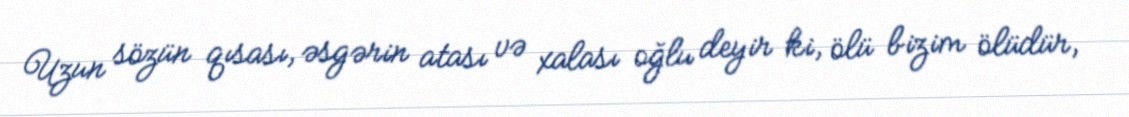
Uzun sözün qısası, əsgərin atası və xalası oğlu deyir ki, ölü bizim ölüdür,